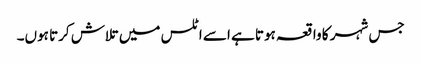
جس شہر کا واقعہ ہوتا ہے اسے اٹلس میں تلاش کرتا ہوں۔